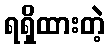
ရရှိထားတဲ့